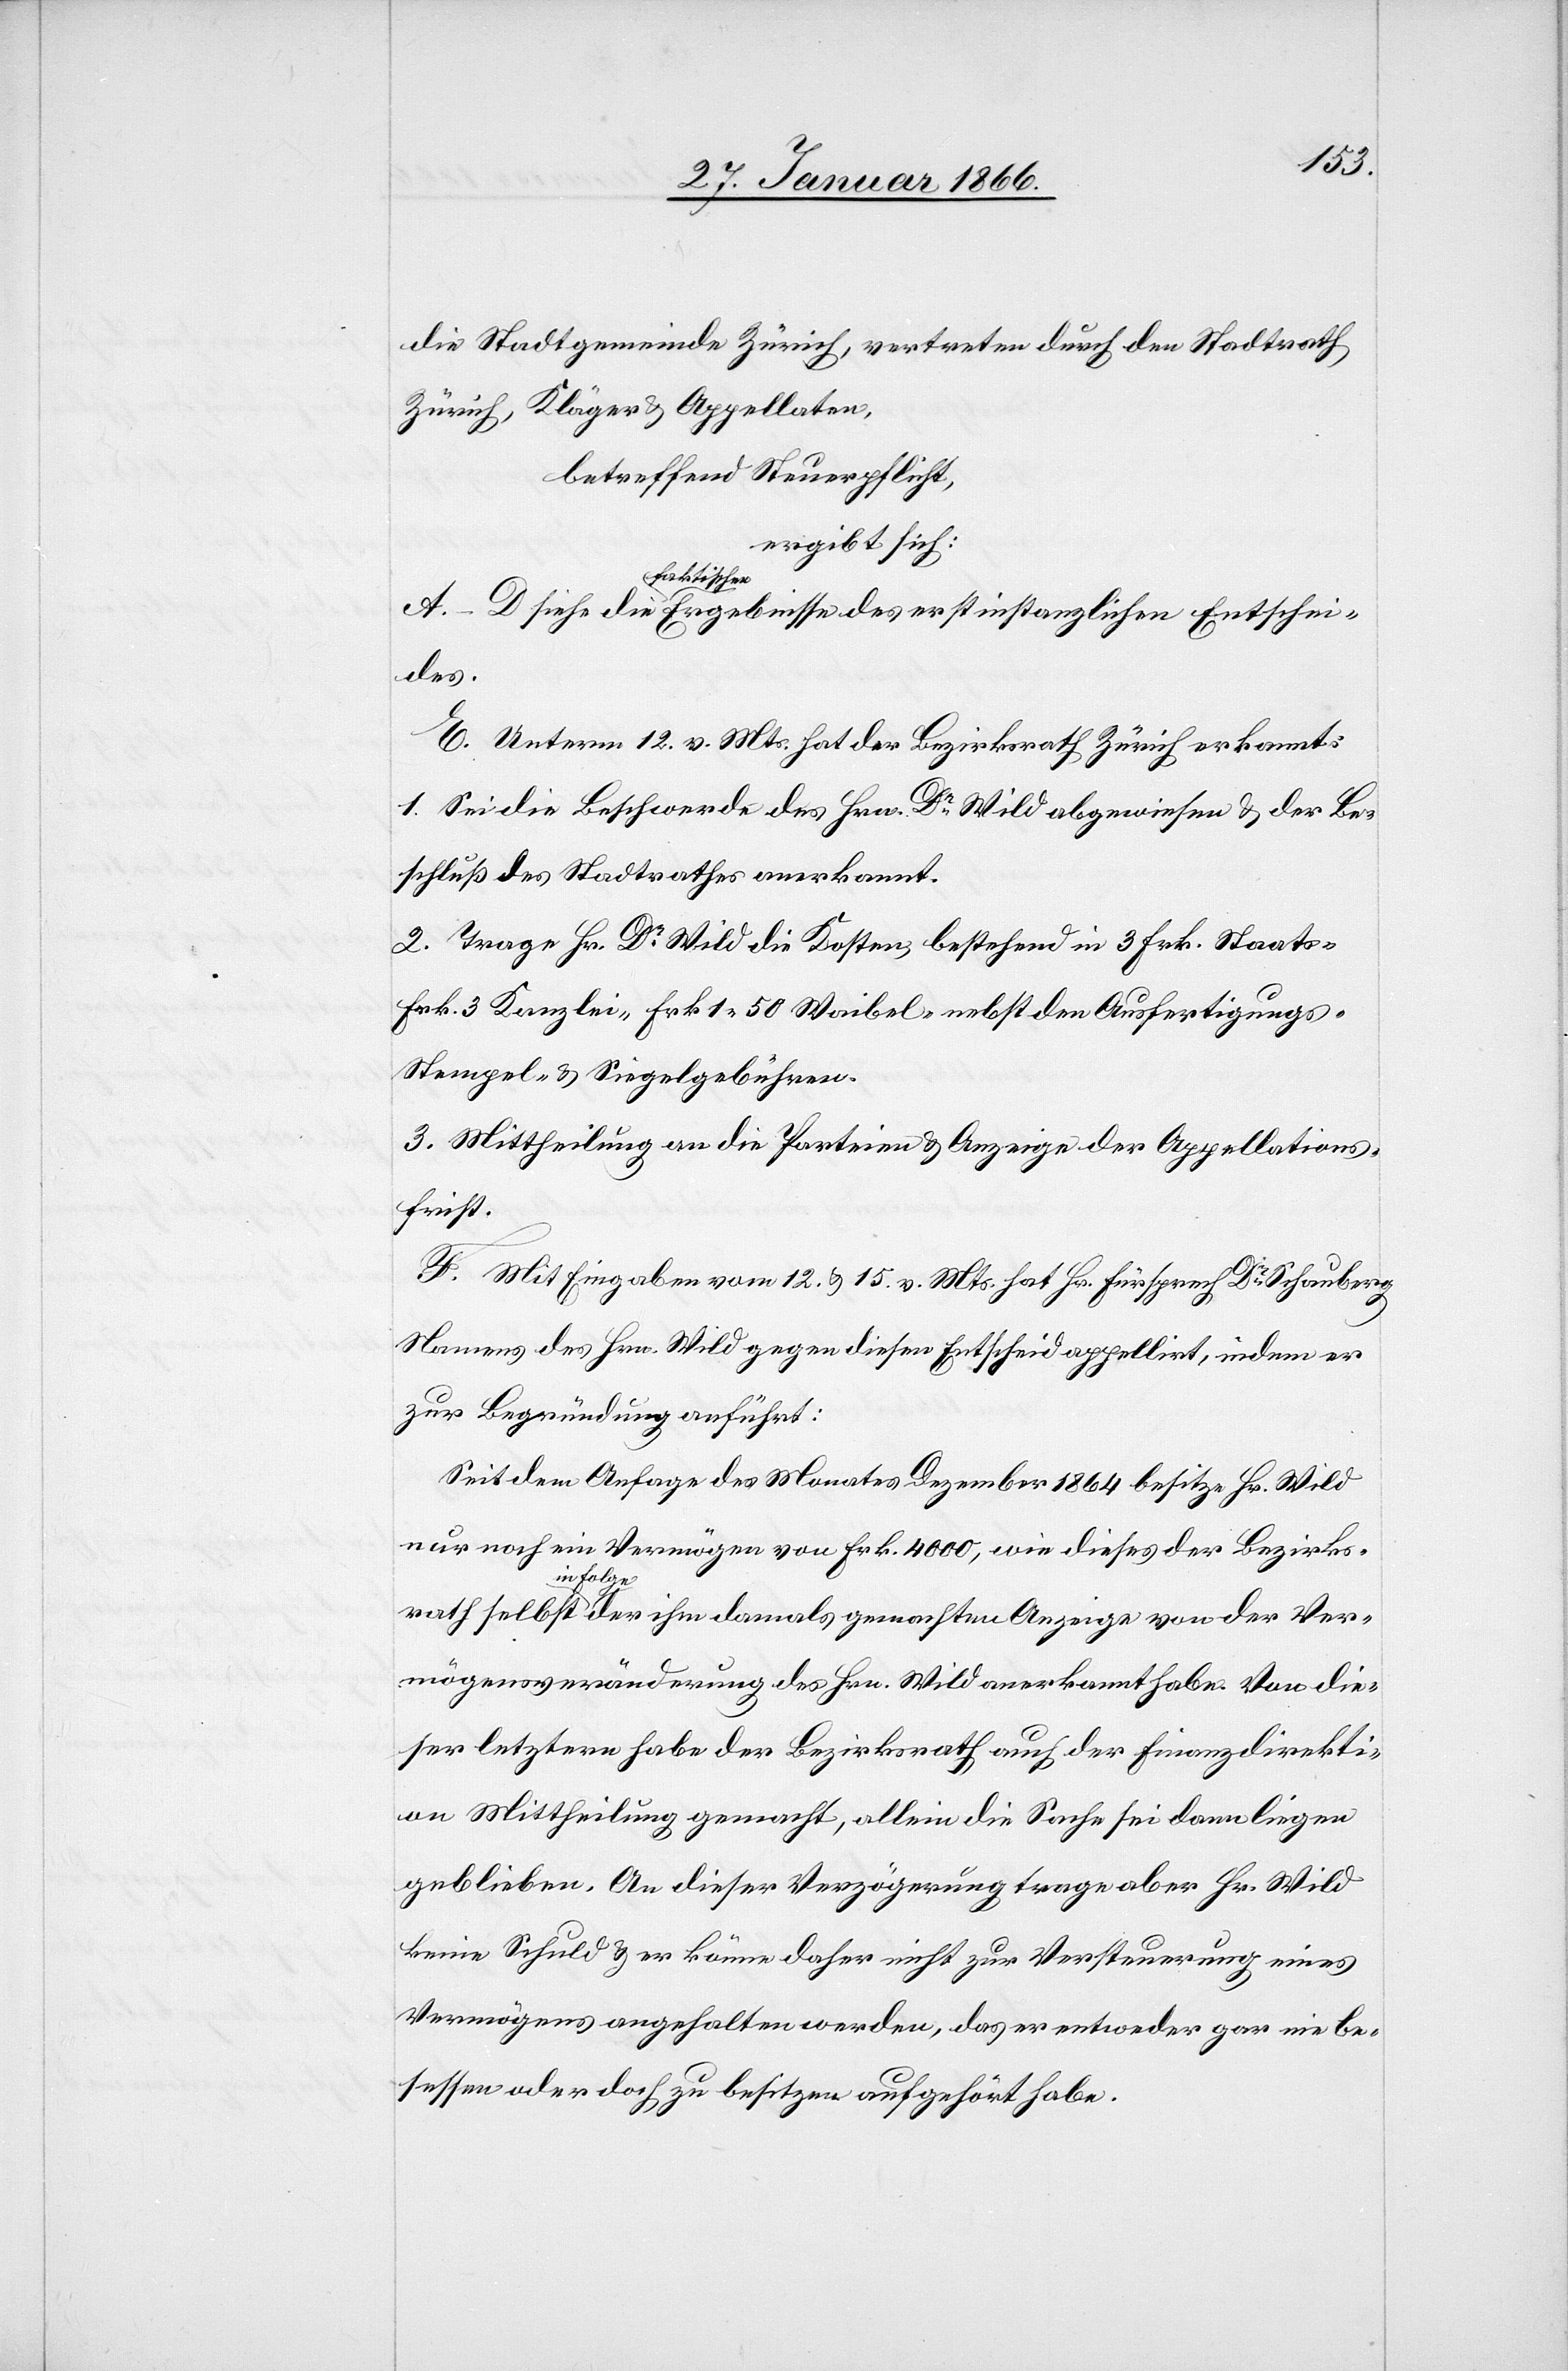
die Stadtgemeinde Zürich, vertreten durch den Stadtrath
Zürich, Kläger u. Appellanten,
betreffend Steuerpflicht
ergibt sich:
Entschei¬
des.
E. Unterm 12. v. Mts. hat der Bezirksrath Zürich erkannt:
1. Sei die Beschwerde des Hrn. Dr. Wild abgewiesen u. der Be¬
schluß des Stadtrathes anerkannt.
2. Trage Hr. Dr. Wild die Kosten, bestehend in 3 Fr. Staats-
Frk. 3 Kanzlei- Frk. 1.50 Weibel- nebst den Ausfertigungs-
Stempel- u. Siegelgebühren.
3. Mittheilung an die Parteien u. Anzeige der Appellations¬
frist.
F. Mit Eingaben vom 12. u. 15. v. Mts. hat Hr. Fürsprech Dr. Schauberg
Namens des Hrn. Wild gegen diesen Entscheid appellirt, indem er
zur Begründung anführt:
Seit dem Anfange des Monates Dezember 1864 besitze Hr. Wild
nur noch ein Vermögen von Frk. 4000, wie dieses der Bezirks¬
rath selbst in Folge der ihm damals gemachten Anzeige von der Ver¬
mögensveränderung des Hrn. Wild anerkannt habe. Von die¬
ser letztern habe der Bezirksrath auch der Finanzdirekti¬
on Mittheilung gemacht, allein die Sache sei dann liegen
geblieben. An dieser Verzögerung trage aber Hr. Wild
keine Schuld u. er könne daher nicht zur Versteuerung eines
Vermögens angehalten werden, das er entweder gar nie be¬
sessen oder doch zu besitzen aufgehört habe.